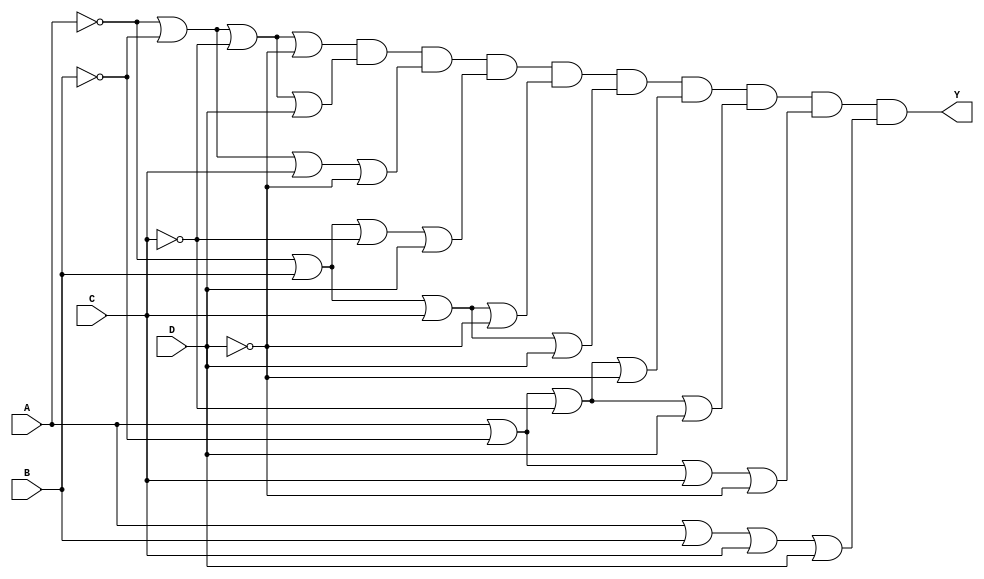
module pos_logic (
    input wire A,
    input wire B,
    input wire C,
    input wire D,
    output wire Y
);

// Define the sum terms based on the minterms of the function
// Example minterms for the function: m(0, 1, 2, 5, 6, 7, 8, 9, 10, 14)
// Corresponding sum terms:
// m0: A' + B' + C' + D'
// m1: A' + B' + C' + D
// m2: A' + B' + C + D'
// m5: A' + B + C' + D
// m6: A' + B + C + D'
// m7: A' + B + C + D
// m8: A + B' + C' + D'
// m9: A + B' + C' + D
// m10: A + B' + C + D'
// m14: A + B + C + D'

wire sum_term_0 = ~A | ~B | ~C | ~D; // A' + B' + C' + D'
wire sum_term_1 = ~A | ~B | ~C | D;  // A' + B' + C' + D
wire sum_term_2 = ~A | ~B | C | ~D;   // A' + B' + C + D'
wire sum_term_5 = ~A | B | ~C | D;    // A' + B + C' + D
wire sum_term_6 = ~A | B | C | ~D;     // A' + B + C + D'
wire sum_term_7 = ~A | B | C | D;      // A' + B + C + D
wire sum_term_8 = A | ~B | ~C | ~D;     // A + B' + C' + D'
wire sum_term_9 = A | ~B | ~C | D;      // A + B' + C' + D
wire sum_term_10 = A | ~B | C | ~D;     // A + B' + C + D'
wire sum_term_14 = A | B | C | D;       // A + B + C + D

// Combine all sum terms using AND operation to form the final output Y
assign Y = sum_term_0 & sum_term_1 & sum_term_2 & sum_term_5 & sum_term_6 & 
           sum_term_7 & sum_term_8 & sum_term_9 & sum_term_10 & sum_term_14;

endmodule